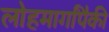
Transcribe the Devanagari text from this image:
लोहमार्गांपैकी